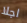
اجلا